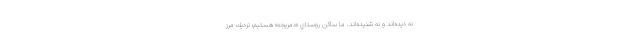
نه ديده‌اند و نه شنيده‌اند. ما ساكن روستاي «دمريجه» هستيم؛ نزديك مرز